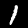
Digit: 1